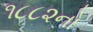
૧૮૮૨નો